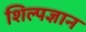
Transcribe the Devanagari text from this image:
शिल्पज्ञान